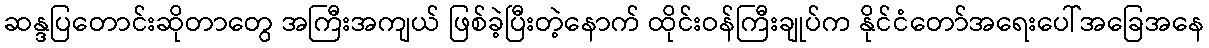
ဆန္ဒပြတောင်းဆိုတာတွေ အကြီးအကျယ် ဖြစ်ခဲ့ပြီးတဲ့နောက် ထိုင်းဝန်ကြီးချုပ်က နိုင်ငံတော်အရေးပေါ်အခြေအနေ